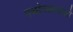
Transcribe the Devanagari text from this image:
गच्छेच्चण्डालो